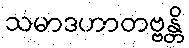
သမာဒဟာတဗ္ဗန္တိ